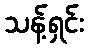
သန့်ရှင်း